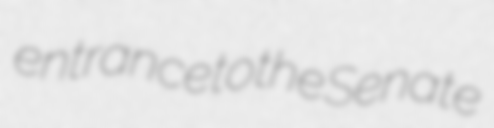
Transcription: entrance to the Senate